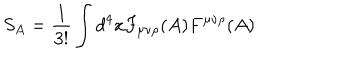
LaTeX: S _ { A } = \frac { 1 } { 3 ! } \int d ^ { 4 } x F _ { \mu \nu \rho } ( A ) F ^ { \mu \nu \rho } ( A ) \nonumber